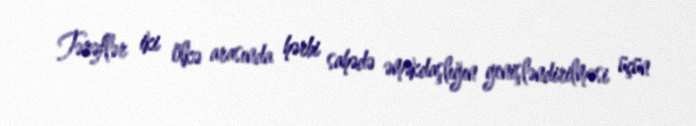
Tərəflər iki ölkə arasında hərbi sahədə əməkdaşlığın genişləndirilməsi üçün